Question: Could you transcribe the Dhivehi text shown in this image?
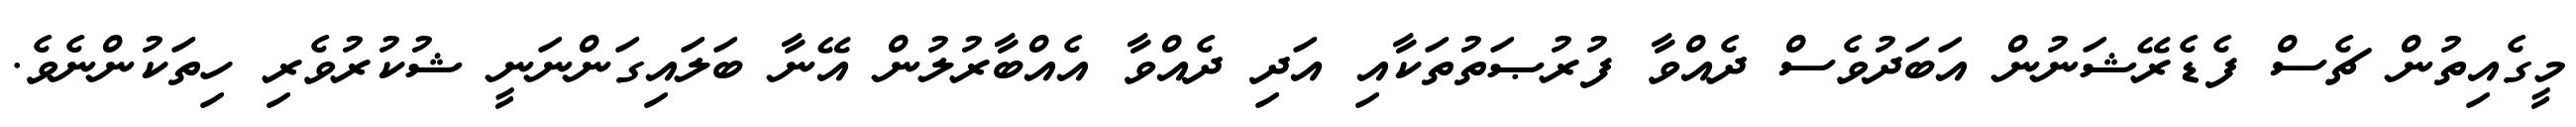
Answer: މީގެއިތުން ޗެސް ފެޑެރޭޝަނުން އަބަދުވެސް ދެއްވާ ފުރުޞަތުތަކާއި އަދި ދެއްވާ އެއްބާރުލުން އޭނާ ބަލައިގަންނަނީ ޝުކުރުވެރި ހިތަކުންނެވެ.